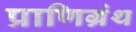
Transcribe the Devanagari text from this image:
प्राणिग्रंथ